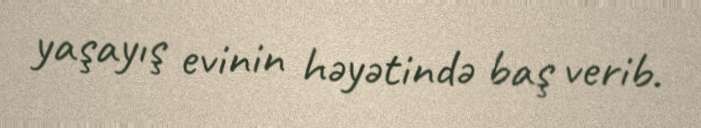
yaşayış evinin həyətində baş verib.